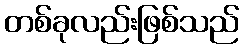
တစ်ခုလည်းဖြစ်သည်